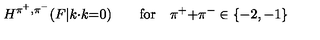
H ^ { \pi ^ { + } , \pi ^ { - } } ( F | k { \cdot } k { = } 0 ) \qquad \mathrm { f o r } \quad \pi ^ { + } { + } \pi ^ { - } \in \{ - 2 , - 1 \}